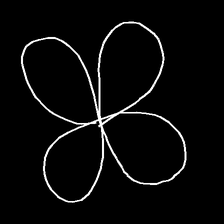
Glyph: billowing